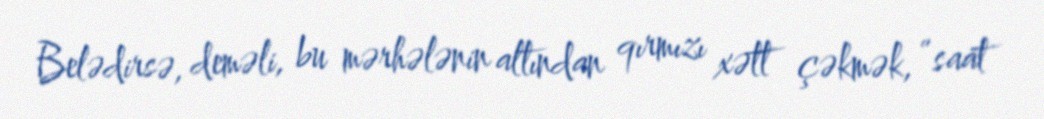
Belədirsə, deməli, bu mərhələnin altından qırmızı xətt çəkmək, “saat